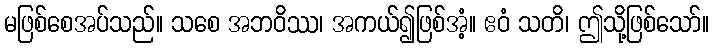
မဖြစ်စေအပ်သည်။ သစေ အဘဝိဿ၊ အကယ်၍ဖြစ်အံ့။ ဧဝံ သတိ၊ ဤသို့ဖြစ်သော်။